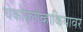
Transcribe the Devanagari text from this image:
चेकोस्लोव्हाकियावर